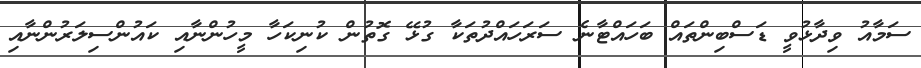
ސަމާއު ވިދާޅުވީ ޑަސްބިންތައް ބަހައްޓާނެ ސަރަހައްދުތަކާ ގުޅޭ ގޮތުން ކުނިކަހާ މީހުންނާއި ކައުންސިލަރުންނާއި